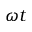
\omega t